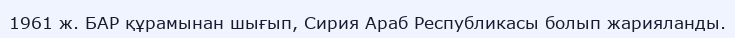
1961 ж. БАР құрамынан шығып, Сирия Араб Республикасы болып жарияланды.